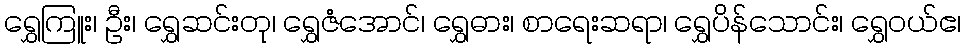
ရွှေကြူး၊ ဦး၊ ရွှေဆင်းတု၊ ရွှေဇံအောင်၊ ရွှေဓား၊ စာရေးဆရာ၊ ရွှေပိန်သောင်း၊ ရွှေဝယ်ဧ၊